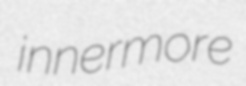
innermore